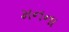
મનના